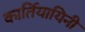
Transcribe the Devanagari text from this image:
कार्तियायिनी